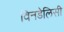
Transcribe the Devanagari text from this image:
विनडेलिसी